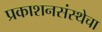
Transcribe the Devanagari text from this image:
प्रकाशनसंस्थेचा